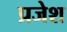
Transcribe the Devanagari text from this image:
प्रजेश